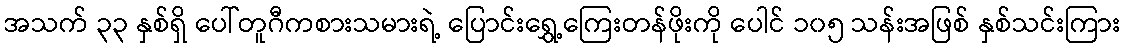
အသက် ၃၃ နှစ်ရှိ ပေါ်တူဂီကစားသမားရဲ့ ပြောင်းရွှေ့ကြေးတန်ဖိုးကို ပေါင် ၁၀၅ သန်းအဖြစ် နှစ်သင်းကြား